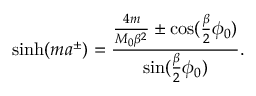
\sinh ( m a ^ { \pm } ) = \frac { \frac { 4 m } { M _ { 0 } \beta ^ { 2 } } \pm \cos ( \frac { \beta } { 2 } \phi _ { 0 } ) } { \sin ( \frac { \beta } { 2 } \phi _ { 0 } ) } .